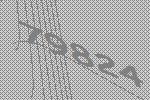
79824